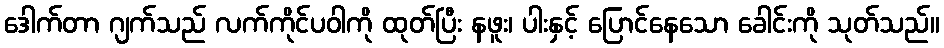
ဒေါက်တာ ဂျက်သည် လက်ကိုင်ပဝါကို ထုတ်ပြီး နဖူး၊ ပါးနှင့် ပြောင်နေသော ခေါင်းကို သုတ်သည်။